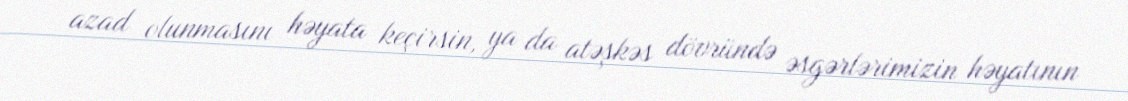
azad olunmasını həyata keçirsin, ya da atəşkəs dövründə əsgərlərimizin həyatının